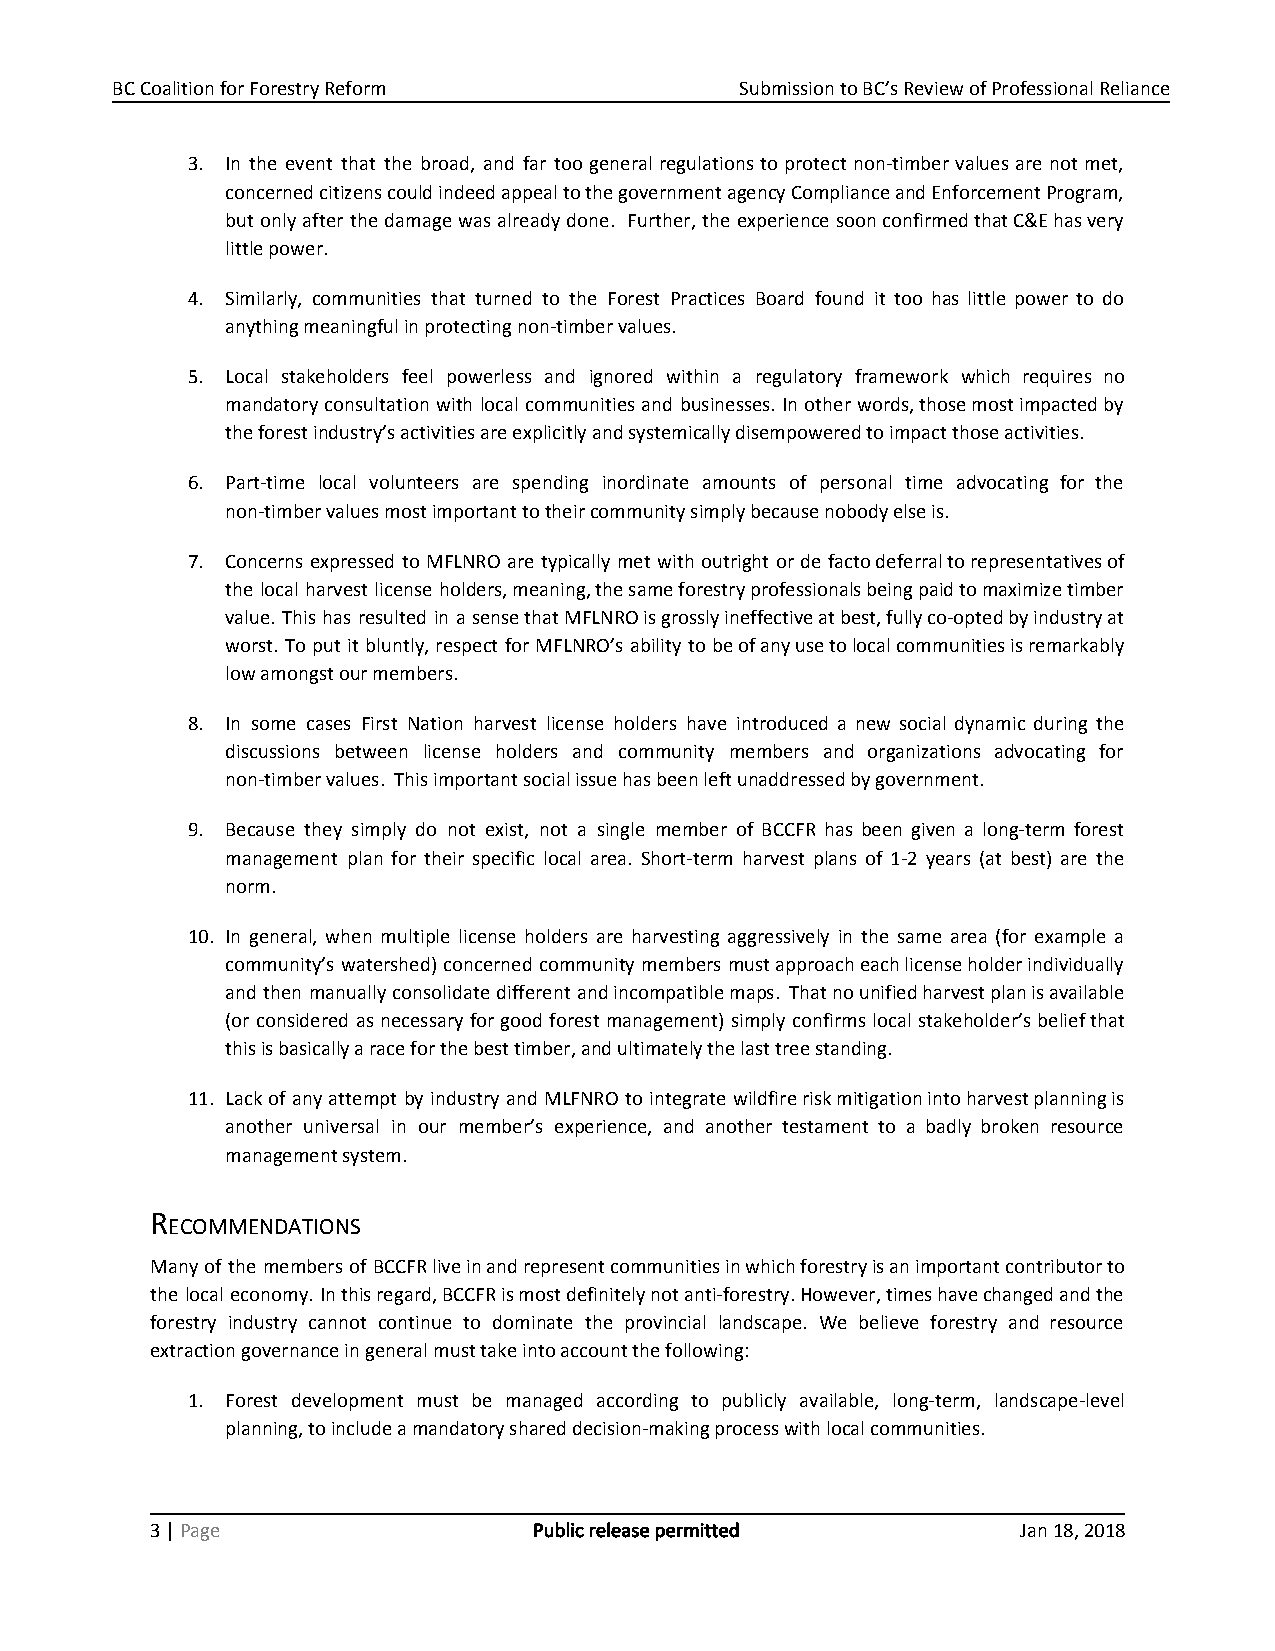
BC Coalition for Forestry Reform          Submission to BC’s Review of Professional Reliance
 3. In the event that the broad, and far too general regulations to protect non-timber values are not met,
 concerned citizens could indeed appeal to the government agency Compliance and Enforcement Program,
 but only after the damage was already done. Further, the experience soon confirmed that C&E has very
 little power.
 4. Similarly, communities that turned to the Forest Practices Board found it too has little power to do
 anything meaningful in protecting non-timber values.
 5. Local stakeholders feel powerless and ignored within a regulatory framework which requires no
 mandatory consultation with local communities and businesses. In other words, those most impacted by
 the forest industry’s activities are explicitly and systemically disempowered to impact those activities.
 6. Part-time local volunteers are spending inordinate amounts of personal time advocating for the
 non-timber values most important to their community simply because nobody else is.
 7. Concerns expressed to MFLNRO are typically met with outright or de facto deferral to representatives of
 the local harvest license holders, meaning, the same forestry professionals being paid to maximize timber
 value. This has resulted in a sense that MFLNRO is grossly ineffective at best, fully co-opted by industry at
 worst. To put it bluntly, respect for MFLNRO’s ability to be of any use to local communities is remarkably
 low amongst our members.
 8. In some cases First Nation harvest license holders have introduced a new social dynamic during the
 discussions between license holders and community members and organizations advocating for
 non-timber values. This important social issue has been left unaddressed by government.
 9. Because they simply do not exist, not a single member of BCCFR has been given a long-term forest
 management plan for their specific local area. Short-term harvest plans of 1-2 years (at best) are the
 norm.
 10. In general, when multiple license holders are harvesting aggressively in the same area (for example a
 community’s watershed) concerned community members must approach each license holder individually
 and then manually consolidate different and incompatible maps. That no unified harvest plan is available
 (or considered as necessary for good forest management) simply confirms local stakeholder’s belief that
 this is basically a race for the best timber, and ultimately the last tree standing.
 11. Lack of any attempt by industry and MLFNRO to integrate wildfire risk mitigation into harvest planning is
 another universal in our member’s experience, and another testament to a badly broken resource
 management system.
 R
 ECOMMENDATIONS
 Many of the members of BCCFR live in and represent communities in which forestry is an important contributor to
 the local economy. In this regard, BCCFR is most definitely not anti-forestry. However, times have changed and the
 forestry industry cannot continue to dominate the provincial landscape. We believe forestry and resource
 extraction governance in general must take into account the following:
 1. Forest development must be managed according to publicly available, long-term, landscape-level
 planning, to include a mandatory shared decision-making process with local communities.
 3 | Page                 Public release permitted         Jan 18, 2018
 ​​ ​​